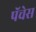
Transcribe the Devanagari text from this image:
पॅचेस